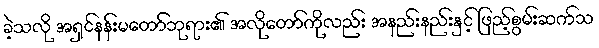
ခဲ့သလို အရှင်နန်းမတော်ဘုရား၏ အလိုတော်ကိုလည်း အနည်းနည်းနှင့် ဖြည့်စွမ်းဆက်သ